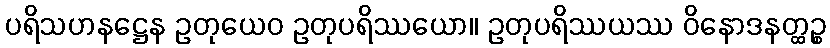
ပရိသဟနဋ္ဌေန ဥတုယေဝ ဥတုပရိဿယော။ ဥတုပရိဿယဿ ဝိနောဒနတ္ထဉ္စ